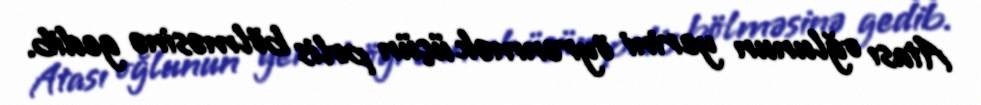
Atası oğlunun yerini öyrənmək üçün polis bölməsinə gedib.